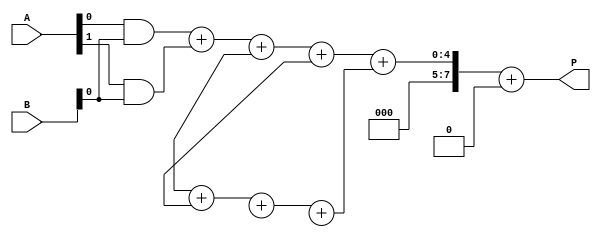
module WallaceTreeMultiplier #(parameter A_WIDTH = 4, B_WIDTH = 4)(
    input [A_WIDTH-1:0] A,
    input [B_WIDTH-1:0] B,
    output reg [A_WIDTH + B_WIDTH - 1:0] P
);

    // Generate partial products
    wire [A_WIDTH * B_WIDTH - 1:0] partial_products [0:B_WIDTH-1];
    
    generate
        genvar i, j;
        for (i = 0; i < B_WIDTH; i = i + 1) begin : pp_gen
            for (j = 0; j < A_WIDTH; j = j + 1) begin : pp_bit
                assign partial_products[i][A_WIDTH * i + j] = A[j] & B[i];
            end
        end
    endgenerate

    // Stage 1: Reduction of partial products
    wire [A_WIDTH * B_WIDTH - 1:0] stage1_out [0:B_WIDTH-2];
    wire [A_WIDTH * B_WIDTH - 1:0] stage1_sum [0:B_WIDTH-2];
    wire [B_WIDTH-1:0] carry;

    generate
        for (i = 0; i < B_WIDTH-1; i = i + 1) begin : stage1
            if (i < B_WIDTH-1) begin
                // Half adder for pairs of bits
                assign stage1_out[i][0] = partial_products[i][0];
                assign stage1_out[i][1] = partial_products[i][1];
                assign stage1_out[i][2] = partial_products[i+1][0];
                assign stage1_out[i][3] = partial_products[i+1][1];

                // Full adders and half adders
                assign {carry[i], stage1_sum[i]} = stage1_out[i][0] + stage1_out[i][1] + stage1_out[i][2] + stage1_out[i][3];
            end
        end
    endgenerate

    // Stage 2: Continue reducing until two numbers remain
    wire [A_WIDTH + B_WIDTH - 1:0] final_sum;
    wire [A_WIDTH + B_WIDTH - 1:0] final_carry;

    assign final_sum = stage1_sum[0] + stage1_sum[1] + carry[0];

    always @(*) begin
        P = final_sum; // Final product assignment
    end

endmodule